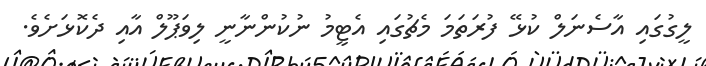
ލީގުގައި އާސެނަލް ކުޅޭ ފުރަތަމަ މެޗުގައި އެޓީމު ނުކުންނާނީ ލިވަޕޫލް އާއި ދެކޮޅަށެވެ.